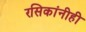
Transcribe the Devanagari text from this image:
रसिकांनीही